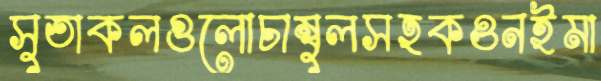
সুতাকলগুলোচাম্বুলসহকওনইমা